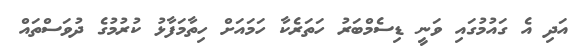
އަދި އެ ގައުމުގައި ވަނީ ޑިސެމްބަރު ހަތަރެކާ ހަމައަށް ހިތާމަފާޅު ކުރުމުގެ ދުވަސްތައް